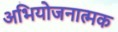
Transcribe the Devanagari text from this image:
अभियोजनात्मक